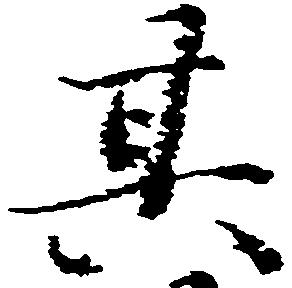
其